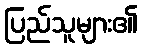
ပြည်သူများ၏